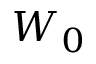
W _ { 0 }